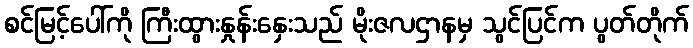
စင်မြင့်ပေါ်ကို ကြီးထွားနှုန်းနှေးသည် မိုးဇလဌာနမှ သွင်ပြင်က ပွတ်တိုက်